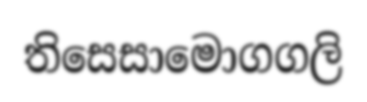
තිසෙසාමොගගලි